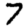
Digit: 7